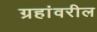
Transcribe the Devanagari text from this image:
ग्रहांवरील